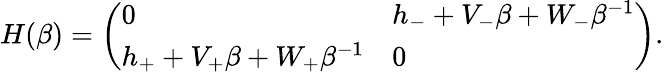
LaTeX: \begin{array}{r}{H(\beta)=\left(\begin{array}{ll}{0}&{h_{-}+V_{-}\beta+W_{-}\beta^{-1}}\\ {h_{+}+V_{+}\beta+W_{+}\beta^{-1}}&{0}\end{array}\right).}\end{array}